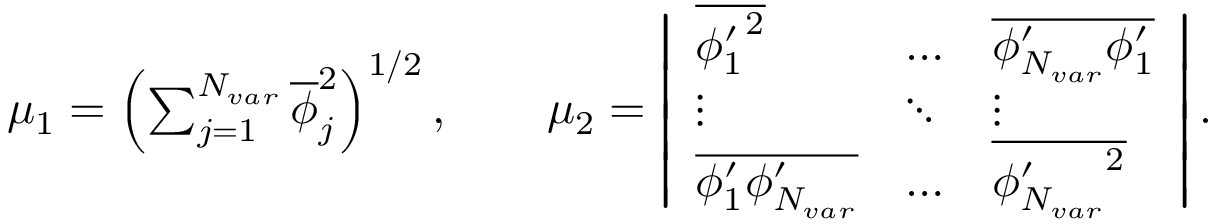
\begin{array} { r } { \mu _ { 1 } = \left( \sum _ { j = 1 } ^ { N _ { v a r } } \overline { { \phi } } _ { j } ^ { 2 } \right) ^ { 1 / 2 } , \ \ \ \ \ \ \mu _ { 2 } = \left| \begin{array} { l l l } { \overline { { { \phi _ { 1 } ^ { \prime } } ^ { 2 } } } } & { \dots } & { \overline { { \phi _ { N _ { v a r } } ^ { \prime } \phi _ { 1 } ^ { \prime } } } } \\ { \vdots } & { \ddots } & { \vdots } \\ { \overline { { \phi _ { 1 } ^ { \prime } \phi _ { N _ { v a r } } ^ { \prime } } } } & { \dots } & { \overline { { { \phi _ { N _ { v a r } } ^ { \prime } } ^ { 2 } } } } \end{array} \right| . } \end{array}